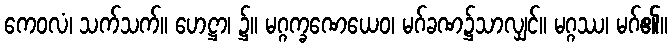
ကေဝလံ၊ သက်သက်။ ဟေဋ္ဌာ၊ ၌။ မဂ္ဂက္ခဏေယေဝ၊ မဂ်ခဏ၌သာလျှင်။ မဂ္ဂဿ၊ မဂ်၏။